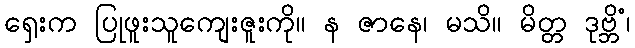
ရှေးက ပြုဖူးသူကျေးဇူးကို။ န ဇာနေ၊ မသိ။ မိတ္တ ဒုဗ္ဘိံ၊